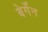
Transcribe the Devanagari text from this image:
बेर्गेन